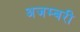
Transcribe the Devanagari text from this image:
अजम्बरी